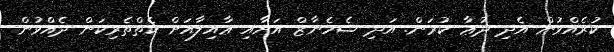
ކުރެއްވުން އެދި ދުޢާ ކުރަން. އަދި ޝެހެނާޒް އަށާއި ޢާއިލާއަށް ކެތްތެރިކަން ދެއްވުން